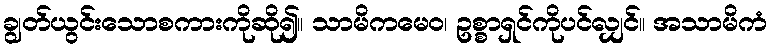
ချွတ်ယွင်းသောစကားကိုဆို၍။ သာမိကမေဝ၊ ဥစ္စာရှင်ကိုပင်လျှင်။ အသာမိကံ